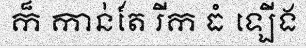
ក៏ កាន់តែ រីក ធំ ឡើង